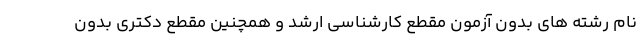
نام رشته های بدون آزمون مقطع کارشناسی ارشد و همچنین مقطع دکتری بدون